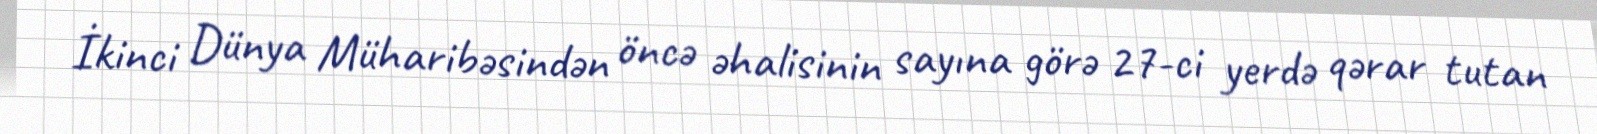
İkinci Dünya Müharibəsindən öncə əhalisinin sayına görə 27-ci yerdə qərar tutan